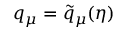
q _ { \mu } = \tilde { q } _ { \mu } ( \eta )